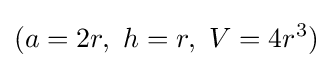
(a=2r,\ h=r,\ V=4r^{3})